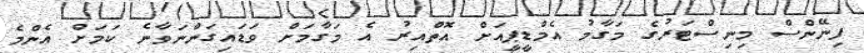
ފިނޭންސް މިނިސްޓަރުގެ މަގާމު އެމްޑީޕީއަށް އޮތްއިރު އެ މަގާމަށް ވަޑައިގަންނަވާނެ ކަމަށް އެންމެ